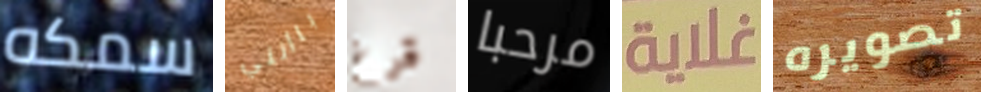
سمكه باأنني قرع مرحبا غلاية تصويره